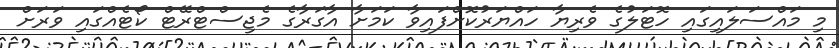
މި މައްސަލައިގައި ހޮޓަލުގެ ވެރިޔާ ހައްޔަރުކޮށްފައިވާ ކަމަށާ އާގަރާގެ މެޖިސްޓްރޭޓް ކޯޓެއްގައި ވަރަށް